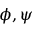
\phi , \psi